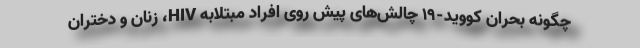
چگونه بحران کووید-۱۹ چالش‌های پیش روی افراد مبتلابه HIV، زنان و دختران